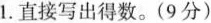
1.直接写出得数。(9分)